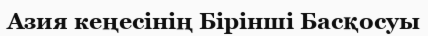
Азия кеңесінің Бірінші Басқосуы